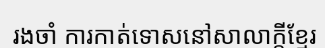
រងចាំ ការកាត់ទោសនៅសាលាក្តីខ្មែរ